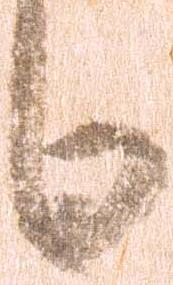
日